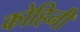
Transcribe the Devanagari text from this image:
कोहिनी